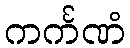
ကင်္ကဏံ